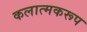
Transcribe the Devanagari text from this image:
कलात्मकरूप